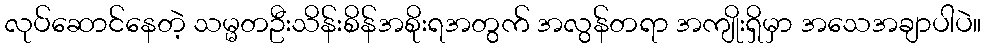
လုပ်ဆောင်နေတဲ့ သမ္မတဦးသိန်းစိန်အစိုးရအတွက် အလွန်တရာ အကျိုးရှိမှာ အသေအချာပါပဲ။